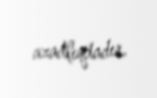
azadlıqdadır.